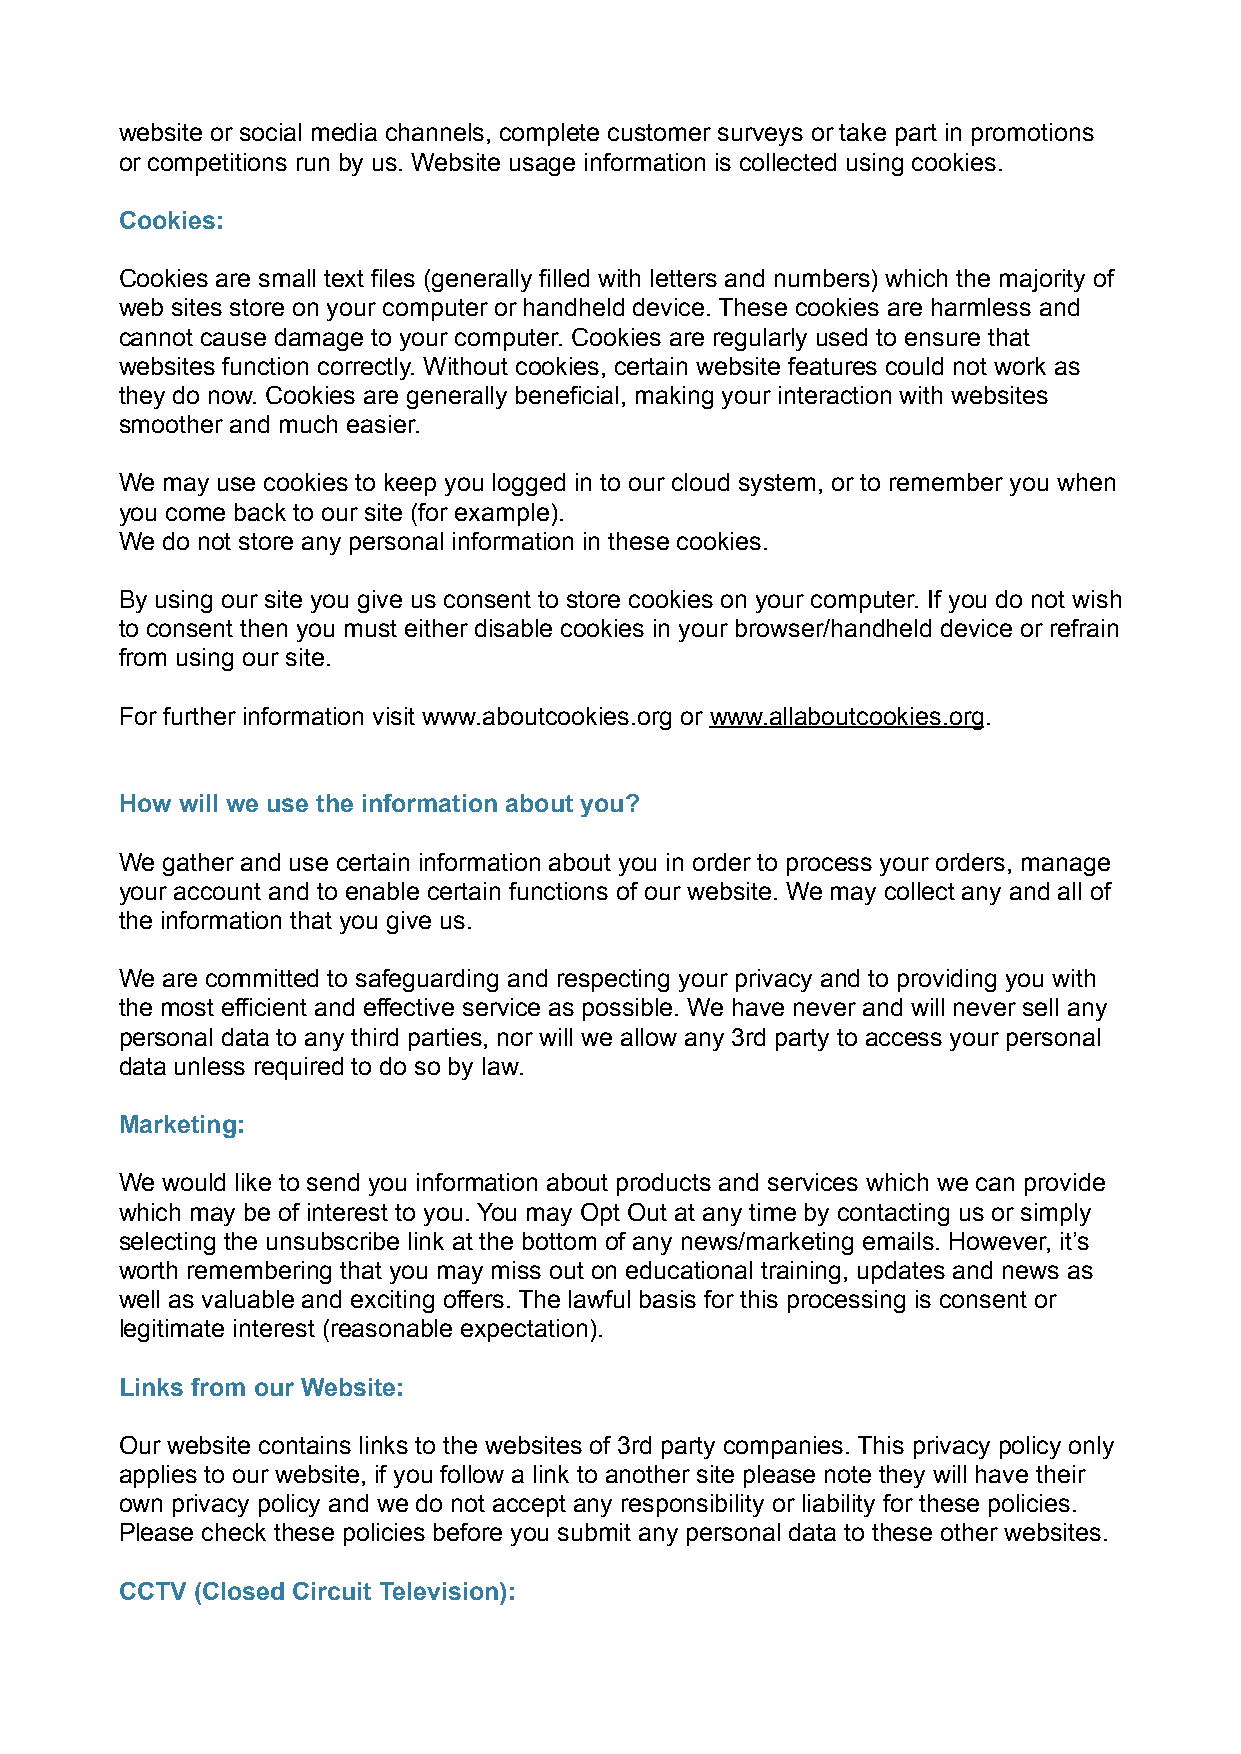
website or social media channels, complete customer surveys or take part in promotions
 or competitions run by us. Website usage information is collected using cookies.
 Cookies:
 Cookies are small text files (generally filled with letters and numbers) which the majority of
 web sites store on your computer or handheld device. These cookies are harmless and
 cannot cause damage to your computer. Cookies are regularly used to ensure that
 websites function correctly. Without cookies, certain website features could not work as
 they do now. Cookies are generally beneficial, making your interaction with websites
 smoother and much easier.
 We may use cookies to keep you logged in to our cloud system, or to remember you when
 you come back to our site (for example).
 We do not store any personal information in these cookies.
 By using our site you give us consent to store cookies on your computer. If you do not wish
 to consent then you must either disable cookies in your browser/handheld device or refrain
 from using our site.
 For further information visit www.aboutcookies.org or www.allaboutcookies.org.
 How will we use the information about you?
 We gather and use certain information about you in order to process your orders, manage
 your account and to enable certain functions of our website. We may collect any and all of
 the information that you give us.
 We are committed to safeguarding and respecting your privacy and to providing you with
 the most efficient and effective service as possible. We have never and will never sell any
 personal data to any third parties, nor will we allow any 3rd party to access your personal
 data unless required to do so by law.
 Marketing:
 We would like to send you information about products and services which we can provide
 which may be of interest to you. You may Opt Out at any time by contacting us or simply
 selecting the unsubscribe link at the bottom of any news/marketing emails. However, it’s
 worth remembering that you may miss out on educational training, updates and news as
 well as valuable and exciting offers. The lawful basis for this processing is consent or
 legitimate interest (reasonable expectation).
 Links from our Website:
 Our website contains links to the websites of 3rd party companies. This privacy policy only
 applies to our website, if you follow a link to another site please note they will have their
 own privacy policy and we do not accept any responsibility or liability for these policies.
 Please check these policies before you submit any personal data to these other websites.
 CCTV (Closed Circuit Television):